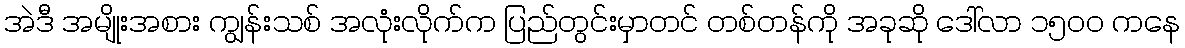
အဲဒီ အမျိုးအစား ကျွန်းသစ် အလုံးလိုက်က ပြည်တွင်းမှာတင် တစ်တန်ကို အခုဆို ဒေါ်လာ ၁၅၀၀ ကနေ